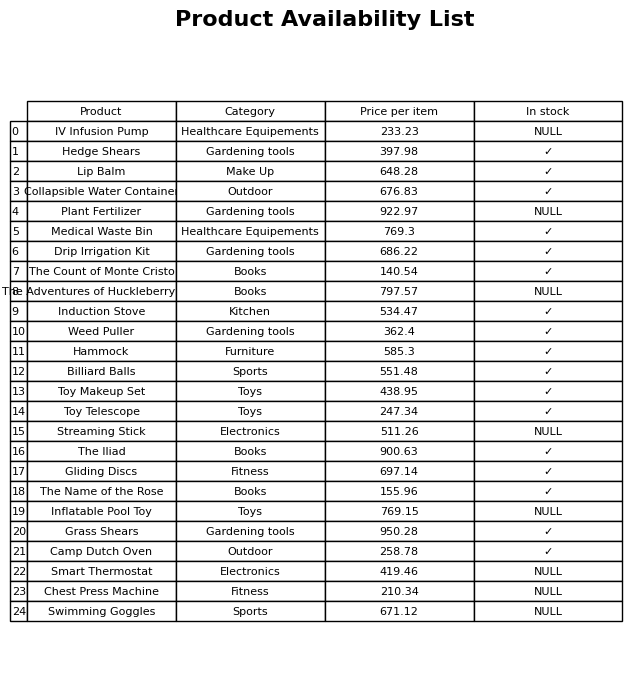
question: Is the IV Infusion Pump in stock?
answer: NULL